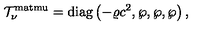
{ \cal T } _ { \nu } ^ { \mathrm { m a t m u } } = \mathrm { d i a g } \left( - \varrho c ^ { 2 } , \wp , \wp , \wp \right) ,